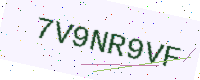
Text: 7V9NR9VF